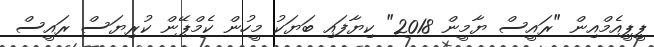
ޕީޕީއެމްއިން "ރައީސް ޔާމީން 2018" ކިޔާފައި ބަޔަކު މީހުން ކެމްޕޭން ކުރިޔަސް ރައީސް